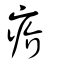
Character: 疥